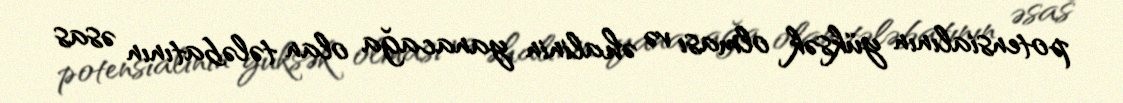
potensialının yüksək olması və əhalinin yanacağa olan tələbatının əsas